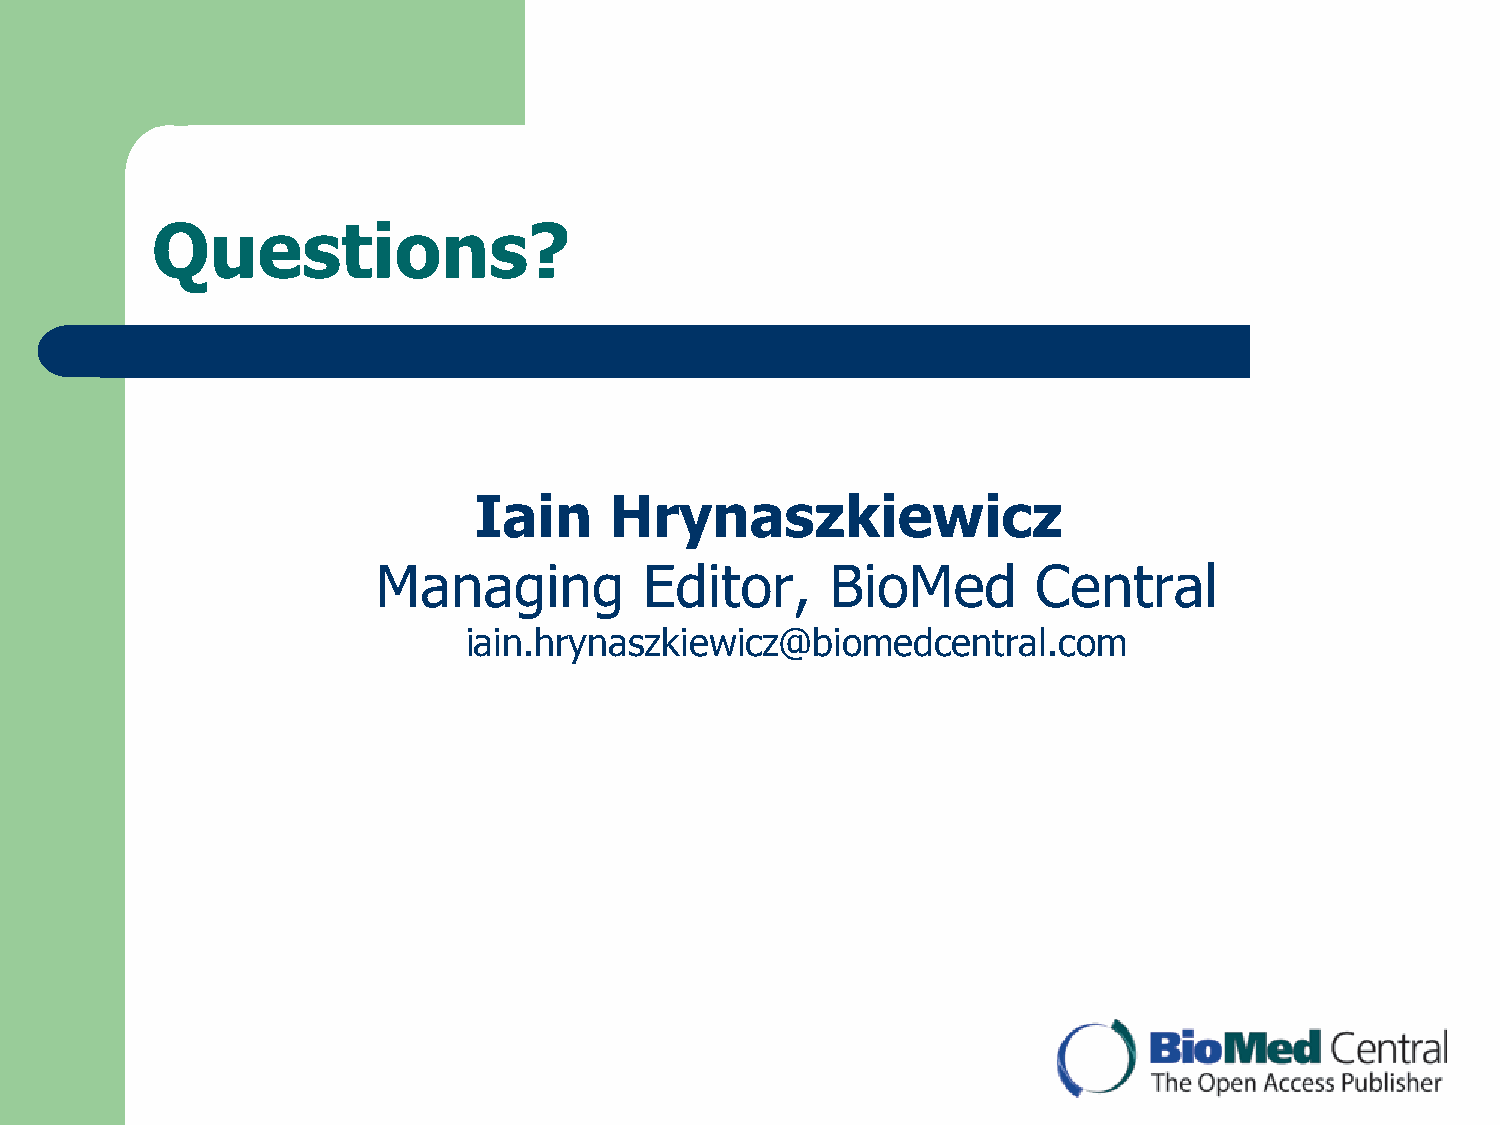
Questions?
 Iain     Hrynaszkiewicz
 Managing          Editor,     BioMed        Central
 iain.hrynaszkiewicz@biomedcentral.com